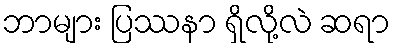
ဘာများ ပြဿနာ ရှိလို့လဲ ဆရာ